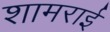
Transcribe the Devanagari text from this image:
शामराई